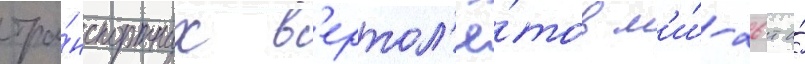
тра́нспортных в'ертол'ё́тов м'и́-26т и́